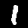
Label: 1